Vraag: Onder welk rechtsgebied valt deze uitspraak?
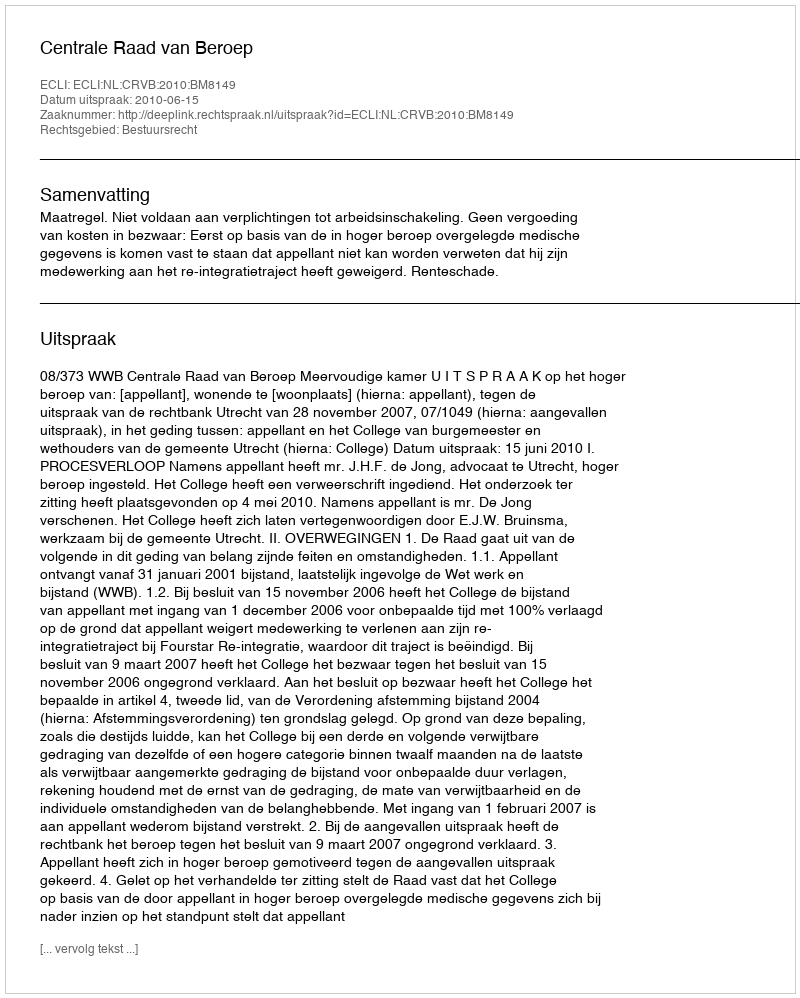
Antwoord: Bestuursrecht